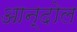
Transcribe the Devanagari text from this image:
आन्दोल